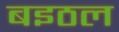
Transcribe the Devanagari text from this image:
बइठल